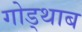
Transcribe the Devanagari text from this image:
गोड्थाब